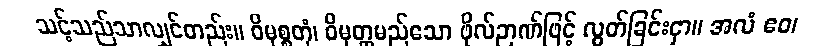
သင့်သည်သာလျှင်တည်း။ ဝိမုစ္စတုံ၊ ဝိမုတ္တမည်သော ဖိုလ်ဉာဏ်ဖြင့် လွတ်ခြင်းငှာ။ အလံ ဧဝ၊